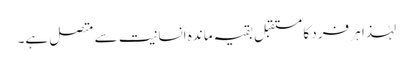
لہٰذا ہر فرد کا مستقبل بقیہ ماندہ انسانیت سے متصل ہے۔